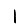
Digit: 1